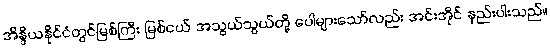
အိန္ဒိယနိုင်ငံတွင်မြစ်ကြီး မြစ်ငယ် အသွယ်သွယ်တို့ ပေါများသော်လည်း အင်းအိုင် နည်းပါးသည်။